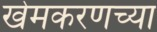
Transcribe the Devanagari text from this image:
खेमकरणच्या